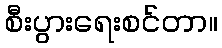
စီးပွားရေးစင်တာ။